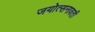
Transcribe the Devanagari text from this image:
जयोत्सनावती